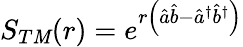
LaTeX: S_{T\mathit{M}}(r)=e^{r\left(\hat{{a}}\hat{{b}}-\hat{{a}}^{\dagger}\hat{{b}}^{\dagger}\right)}